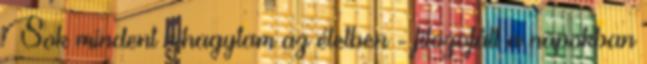
Sok mindent kihagytam az életben - filozofált a napokban